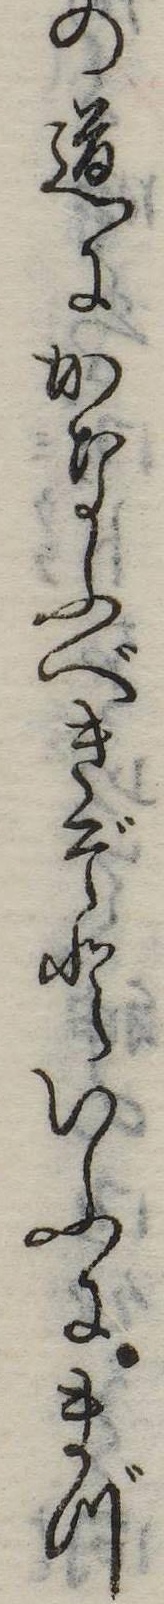
の道にかなふべきぞといふにまづ